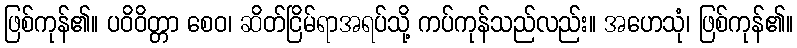
ဖြစ်ကုန်၏။ ပဝိဝိတ္တာ စေဝ၊ ဆိတ်ငြိမ်ရာအရပ်သို့ ကပ်ကုန်သည်လည်း။ အဟေသုံ၊ ဖြစ်ကုန်၏။